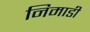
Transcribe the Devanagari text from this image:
निमाडी